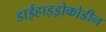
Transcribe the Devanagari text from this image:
डाईहाइड्रोकोडीन